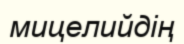
мицелийдің